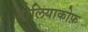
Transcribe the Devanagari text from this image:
पोलियाकोफ़